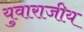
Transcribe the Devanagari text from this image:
युवाराजीय